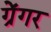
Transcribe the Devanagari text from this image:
ग्रेंगर